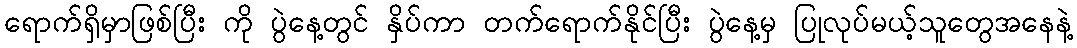
ရောက်ရှိမှာဖြစ်ပြီး ကို ပွဲနေ့တွင် နှိပ်ကာ တက်ရောက်နိုင်ပြီး ပွဲနေ့မှ ပြုလုပ်မယ့်သူတွေအနေနဲ့